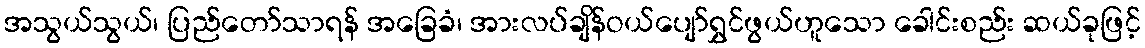
အသွယ်သွယ်၊ ပြည်တော်သာရန် အခြေခံ၊ အားလပ်ချိန်ဝယ်ပျော်ရွှင်ဖွယ်ဟူသော ခေါင်းစည်း ဆယ်ခုဖြင့်